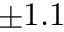
\pm 1 . 1